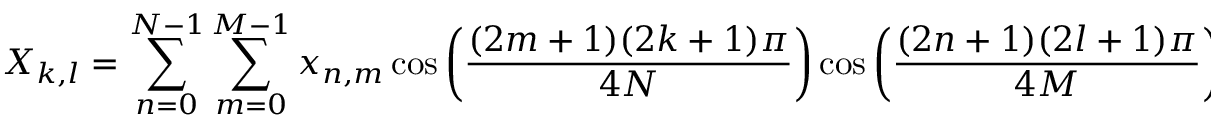
X _ { k , l } = \sum _ { n = 0 } ^ { N - 1 } \sum _ { m = 0 } ^ { M - 1 } x _ { n , m } \cos \left( { \frac { ( 2 m + 1 ) ( 2 k + 1 ) \pi } { 4 N } } \right) \cos \left( { \frac { ( 2 n + 1 ) ( 2 l + 1 ) \pi } { 4 M } } \right) { \mathrm { . ~ w h e r e ~ } } k = 0 , 1 , 2 . . . , N - 1 { \mathrm { ~ a n d ~ } } l = 0 , 1 , 2 . . . , M - 1